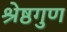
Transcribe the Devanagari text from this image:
श्रेष्ठगुण